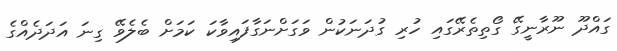
ގައްދޫ ނޫރާނީގޭ ގޯތިތެރޭގައި ހުރި ގުދަނަކުން ވަގަށްނަގާފައިވާކަ ކަމަށް ބެލެވޭ ގިނަ އަދަދެއްގެ